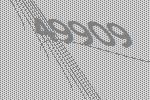
49909